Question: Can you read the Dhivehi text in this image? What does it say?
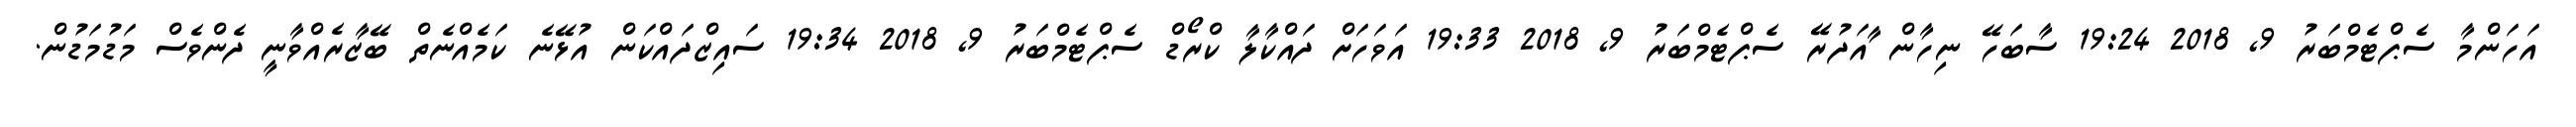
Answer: އަހަންމާ ސެޕްޓެމްބަރު 9, 2018 19:24 ސާބަހޭ ނިހާން ާއަދުރޭ ސެޕްޓެމްބަރު 9, 2018 19:33 އަވަހަށް ދައްކާލާ ކްރޯޑް ސެޕްޓެމްބަރު 9, 2018 19:34 ސައިޒްދައްކަން އުޅޭނެ ކަމެއްނެތް ބޭޒާރެއްވާނީ ދެންވެސް މަޑުމަޑުން.